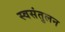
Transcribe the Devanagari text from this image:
स्वसंतुलन